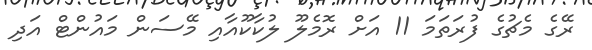
ރޭގެ މެޗުގެ ފުރަތަމަ 11 އަށް ރޮމެލޫ ލުކާކޫއާއި މޭސަން މައުންޓް އަދި